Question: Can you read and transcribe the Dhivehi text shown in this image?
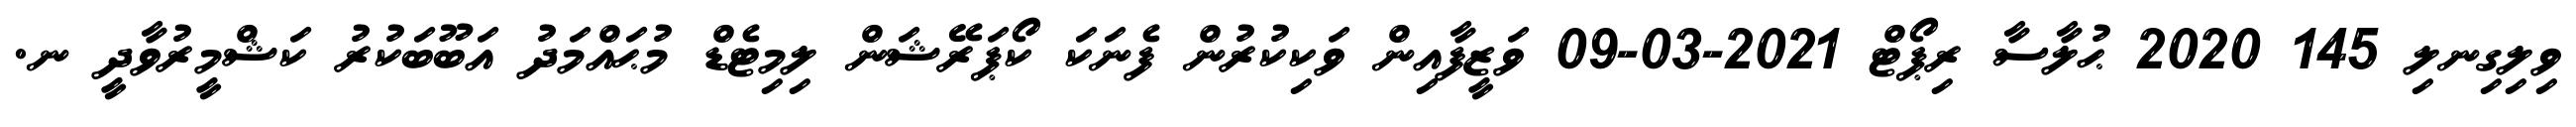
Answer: ވިލިގިނލި 145 2020 ޙުލާސާ ރިޕޯޓް 2021-03-09 ވަޒީފާއިން ވަކިކުރުން ފެނަކަ ކޯޕަރޭޝަން ލިމިޓެޑް މުޙައްމަދު އަބޫބަކުރު ކަޝްމީރުވާދީ ނ.